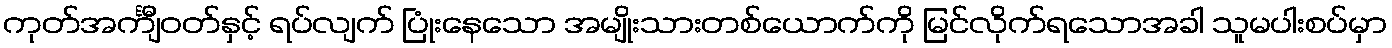
ကုတ်အင်္ကျီဝတ်နှင့် ရပ်လျက် ပြုံးနေသော အမျိုးသားတစ်ယောက်ကို မြင်လိုက်ရသောအခါ သူမပါးစပ်မှာ